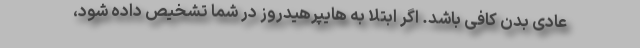
عادی بدن کافی باشد. اگر ابتلا به هایپرهیدروز در شما تشخیص داده شود،